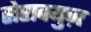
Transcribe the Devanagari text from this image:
सेराक्युज़